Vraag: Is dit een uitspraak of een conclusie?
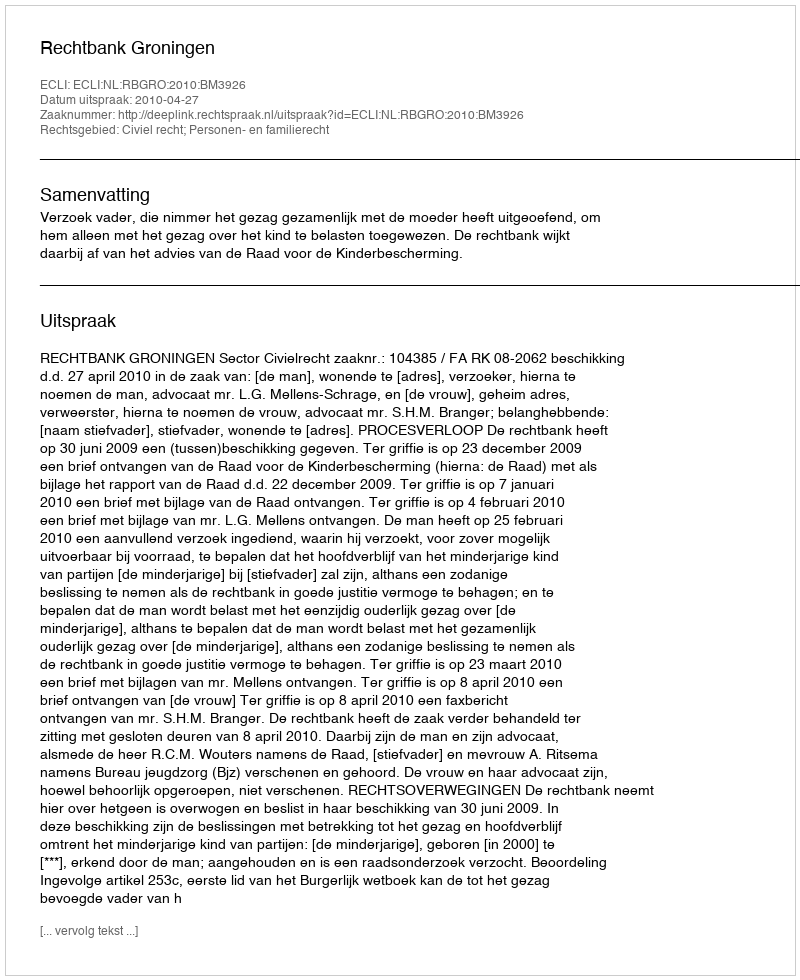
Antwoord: Uitspraak